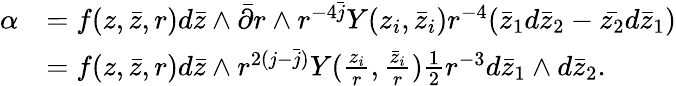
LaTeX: \begin{array}{rl}{\alpha}&{=f(z,\bar{z},r)d\bar{z}\wedge\bar{\partial}r\wedge r^{-4\bar{j}}Y(z_{i},\bar{z}_{i})r^{-4}(\bar{z}_{1}d\bar{z}_{2}-\bar{z_{2}}d\bar{z}_{1})}\\ &{=f(z,\bar{z},r)d\bar{z}\wedge r^{2(j-\bar{j})}Y(\frac{z_{i}}{r},\frac{\bar{z}_{i}}{r})\frac{1}{2}r^{-3}d\bar{z}_{1}\wedge d\bar{z}_{2}.}\end{array}